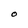
Character: O